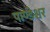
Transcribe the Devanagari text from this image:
पाण्डेश्वर